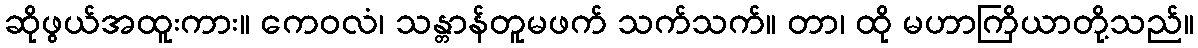
ဆိုဖွယ်အထူးကား။ ကေဝလံ၊ သန္တာန်တူမဖက် သက်သက်။ တာ၊ ထို မဟာကြိယာတို့သည်။